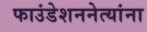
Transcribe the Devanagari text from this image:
फाउंडेशननेत्यांना